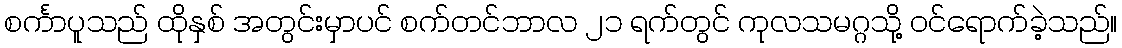
စင်္ကာပူသည် ထိုနှစ် အတွင်းမှာပင် စက်တင်ဘာလ ၂၁ ရက်တွင် ကုလသမဂ္ဂသို့ ဝင်ရောက်ခဲ့သည်။